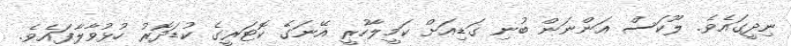
ނިދީގައެވެ. ލޫކަސް އަންނަން ބުނި ގަޑިއަށް ކަމީލާހުރީ އޭނަގެ ކޮޓަރީގެ ކުޑަދޮރު ހުޅުވާލާފައެވެ.